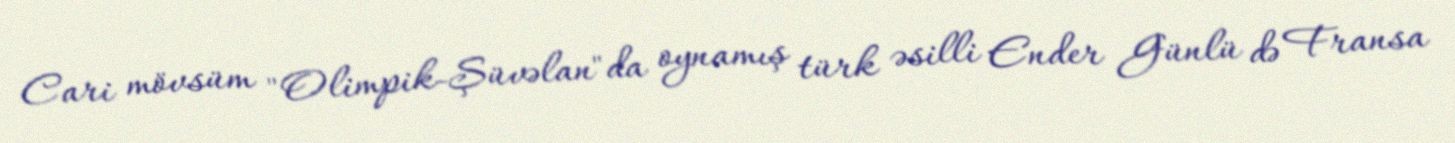
Cari mövsüm "Olimpik-Şüvəlan"da oynamış türk əsilli Ender Günlü də Fransa